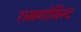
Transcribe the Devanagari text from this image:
रामगोविन्द